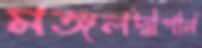
মঙ্গলদ্বীপনি